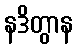
နဒိတွာန